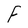
Character: F